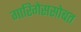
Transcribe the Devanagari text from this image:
गारिगेससोबत